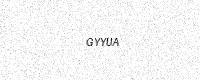
Text: GYYUA